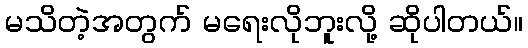
မသိတဲ့အတွက် မရေးလိုဘူးလို့ ဆိုပါတယ်။